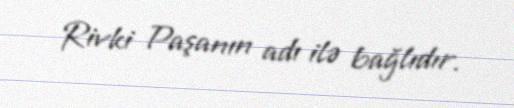
Rivki Paşanın adı ilə bağlıdır.